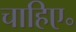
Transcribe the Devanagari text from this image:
चाहिए॰